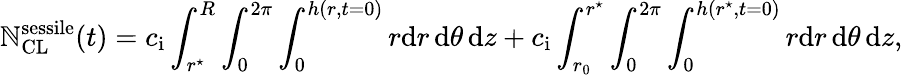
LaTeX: \mathbb{N}_{\mathrm{{CL}}}^{\mathrm{{sessile}}}(t)=c_{\mathrm{{i}}}\int_{r^{\star}}^{R}\int_{0}^{2\pi}\int_{0}^{h(r,t=0)}r\mathrm{{d}}r\, \mathrm{{d}}\theta\, \mathrm{{d}}z+c_{\mathrm{{i}}}\int_{r_{0}}^{r^{\star}}\int_{0}^{2\pi}\int_{0}^{h(r^{\star},t=0)}r\mathrm{{d}}r\, \mathrm{{d}}\theta\, \mathrm{{d}}z,